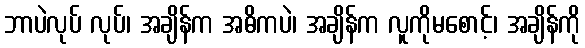
ဘာပဲလုပ် လုပ်၊ အချိန်က အဓိကပဲ၊ အချိန်က လူကိုမစောင့်၊ အချိန်ကို